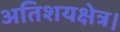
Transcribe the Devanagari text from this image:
अतिशयक्षेत्र।